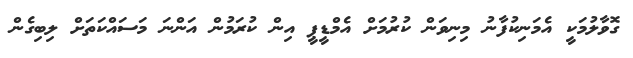
ގޮވާލުމަކީ އެމަނިކުފާނު މިނިވަން ކުރުމަށް އެމްޑީޕީ އިން ކުރަމުން އަންނަ މަސައްކަތަށް ލިބިގެން